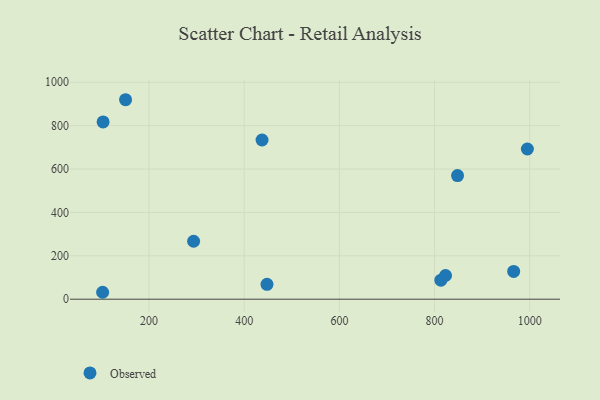
{"axis": {"x": "Engine Size", "y": "Exam Score"}, "legend": ["Observed"], "data": [{"x": "966.2", "y": 128.0, "type": "Observed"}, {"x": "848.2", "y": 569.9, "type": "Observed"}, {"x": "103.4", "y": 817.0, "type": "Observed"}, {"x": "293.6", "y": 267.1, "type": "Observed"}, {"x": "447.8", "y": 68.6, "type": "Observed"}, {"x": "102.4", "y": 31.9, "type": "Observed"}, {"x": "823.0", "y": 109.2, "type": "Observed"}, {"x": "813.2", "y": 87.7, "type": "Observed"}, {"x": "995.0", "y": 692.3, "type": "Observed"}, {"x": "150.6", "y": 919.5, "type": "Observed"}, {"x": "437.4", "y": 733.8, "type": "Observed"}]}